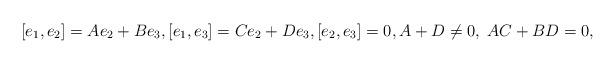
LaTeX: \begin{align*} [e_1, e_2]=A e_2 +B e_3, [e_1,e_3]=C e_2 + D e_3, [e_2,e_3]=0, A+D\neq 0, \; AC+BD =0,\end{align*}